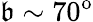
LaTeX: \mathfrak{b}\sim70^{\mathrm{{o}}}